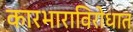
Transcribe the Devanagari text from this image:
कारभाराविरोधात